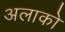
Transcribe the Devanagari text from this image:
अलाको